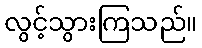
လွင့်သွားကြသည်။